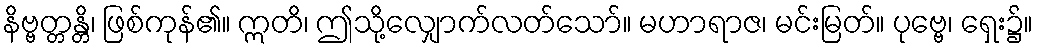
နိဗ္ဗတ္တန္တိ၊ ဖြစ်ကုန်၏။ ဣတိ၊ ဤသို့လျှောက်လတ်သော်။ မဟာရာဇ၊ မင်းမြတ်။ ပုဗ္ဗေ၊ ရှေး၌။